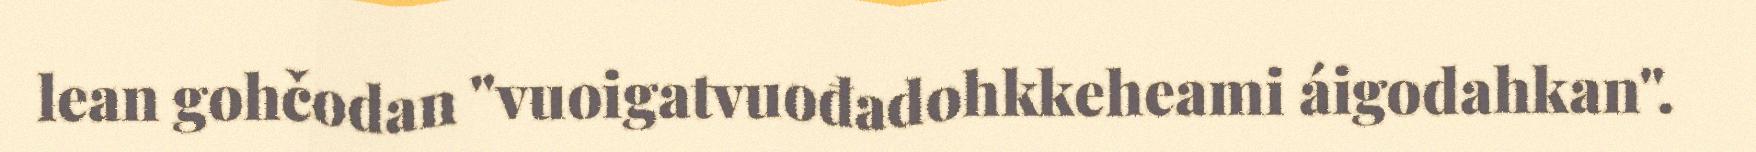
lean gohčodan "vuoigatvuođadohkkeheami áigodahkan".